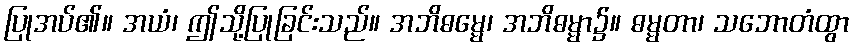
ပြုအပ်၏။ အယံ၊ ဤသို့ပြုခြင်းသည်။ အဘိဓမ္မေ၊ အဘိဓမ္မာ၌။ ဓမ္မတာ၊ သဘောတံထွာ